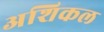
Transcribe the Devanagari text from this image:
अशिकल